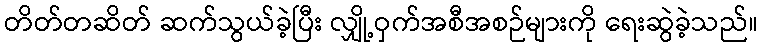
တိတ်တဆိတ် ဆက်သွယ်ခဲ့ပြီး လျှို့ဝှက်အစီအစဉ်များကို ရေးဆွဲခဲ့သည်။